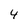
Character: 4